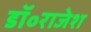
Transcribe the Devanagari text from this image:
डॉ॰राजेश